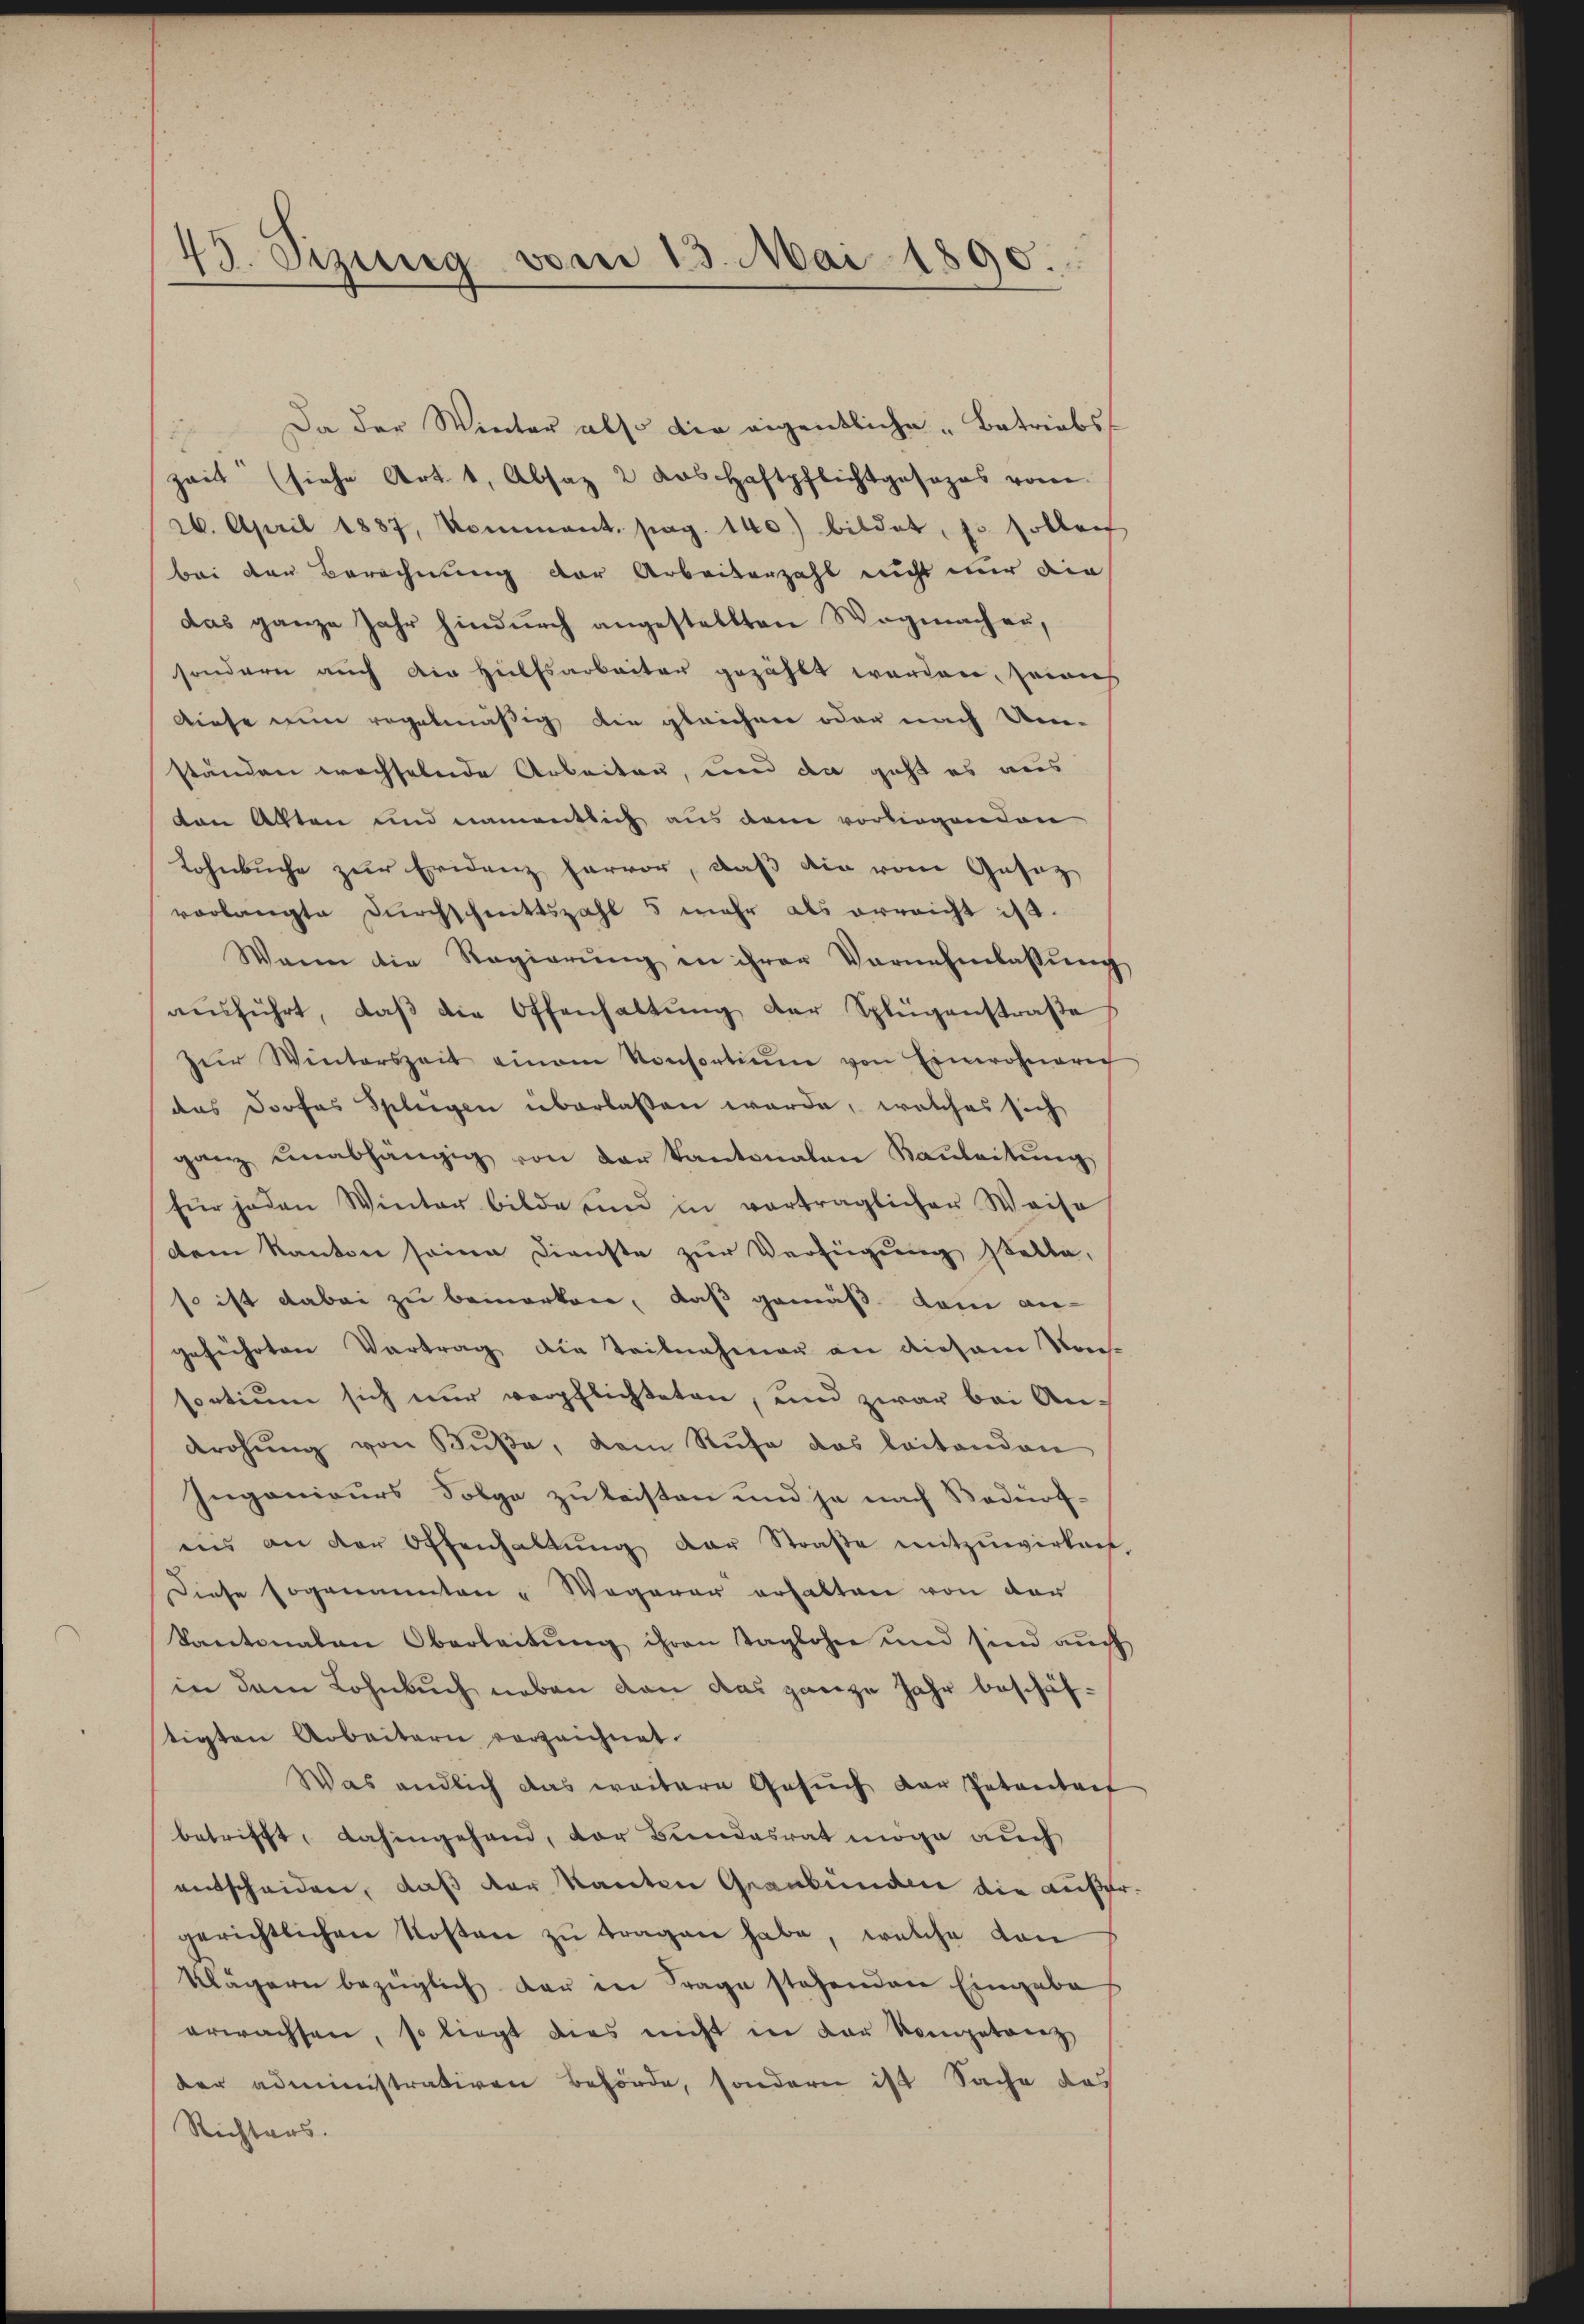
43. Sizung vom 13. Mai 1890.

Da der Winter also die eigentliche Betriebs
zeit (siehe Art. 1, Absaz 2 das Haftpflichtgesezes vom
26. April 1887, Komment. pag. 140.) bildet, so sollen
bei den Berechnung der Arbeitenzahl nicht nur die
das ganze Jahr hindurch angestellten Wegmachen,
sondern auch die Hülfsarbeiter gezählt werden, seines
Diese nun regelmäßig die gleichen oder nach Um-
ständen wechselnde Arbeiten, und da geht es aus
ton Akten und namentlich aus dem vorliegenden
Lohnbuche zur Eridenz hervor, daß die von Gesag
vorlangte durchschnittszahl 5 mehr als erreicht ist.
Wann die Regierŭng in ihrer Vornehmlassŭng
aŭsführt, daβ die Offenhaltŭng der Splügenstraße
zŭr Winterszeit einem Konsortium von Einwohnerich
das Profes Splügen überlassen werde, welches sich
ganz unabhängig von der Kantonalen Kauleitung
für jeden Winter bilde und in vorträglicher Weise
dem Kanton seine Dienste zur Verfügung stelle,
so ist dabei zu bemerken, daß gemäß dem an-
geführten Vertrag die Teilnahmen an diesem Von
sortium sich nur verpflichteten, und zwar bei Androhŭng von Kŭβe, dem Rufe das leitenden
Ingenieurs Folge zu leisten und ja nach Bedürfuis an der Offenhaltung der Straße mitzuwirken
Diese sogenannten u Wegerer erhalten von der
Kantonalen Oberleitung ihren Taglohne und sie auch
in dem Lohnbuch neben von das ganze Jahr beschäftigten Arbeitern verzeichnet.
Was endlich das weitere Gesuch der Petentat
betrifft, Lahingehand, der Bundesrat möge auch
entscheiden, daß der kanton Graubünden die auße
gerichtlichen Kosten zŭ tragen habe, welche dan
Klägern bezüglich der in Frage stehenden Eingabe
erwachsen, so liegt dies nicht in der Kompetenz
der administrativen Behörde, sondern ist Sache das
Richters.

.